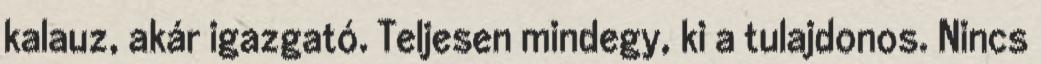
kalauz, akár igazgató. Teljesen mindegy, ki a tulajdonos. Nincs